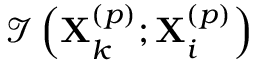
\mathcal { I } \left( \mathbf { X } _ { k } ^ { \left( p \right) } ; \mathbf { X } _ { i } ^ { \left( p \right) } \right)